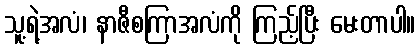
သူ့ရဲ့အလံ၊ နာဇီစကြာအလံကို ကြည့်ပြီး မေးတာပါ။